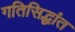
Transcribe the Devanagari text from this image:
गतिसिद्धांत